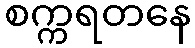
စက္ကရတနေ